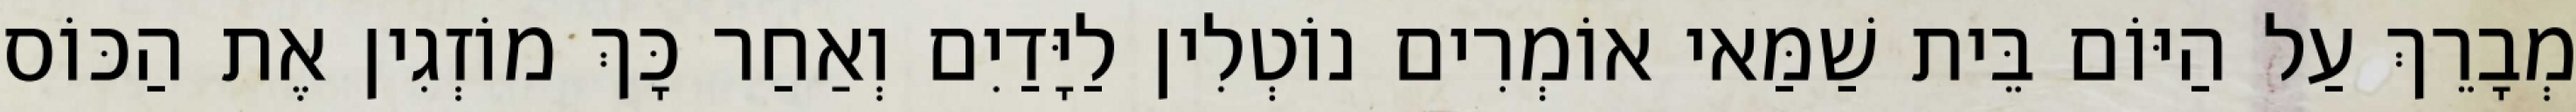
מְבָרֵךְ עַל הַיּוֹם בֵּית שַׁמַּאי אוֹמְרִים נוֹטְלִין לַיָּדַיִם וְאַחַר כָּךְ מוֹזְגִין אֶת הַכּוֹס